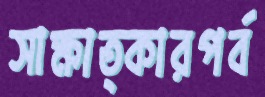
সাক্ষাত্কারপর্ব